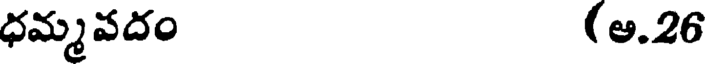
ధమ్మవదం (ఆ.26